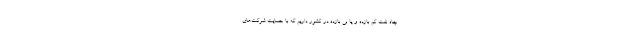
چاه نفت کم بازده و یا بی بازده در کشور داریم که با حمایت شرکت‌های